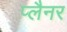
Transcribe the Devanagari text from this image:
प्लैनर